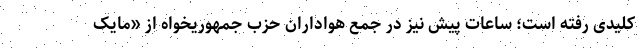
کلیدی رفته است؛ ساعات پیش نیز در جمع هواداران حزب جمهوریخواه از «مایک